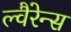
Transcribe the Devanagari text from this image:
ल्वैरेन्स